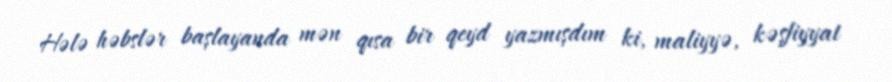
Hələ həbslər başlayanda mən qısa bir qeyd yazmışdım ki, maliyyə, kəşfiyyat